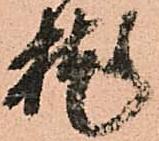
枕